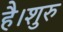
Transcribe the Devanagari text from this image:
है।शुरु